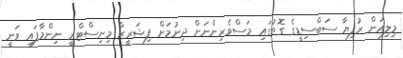
މިލިއަން ރުފިޔާ ސަބްސިޑީގެ ގޮތުގައި މަސްވެރިންނަށް ދިނުމަށް ފިޝަރީޒް މިނިސްޓްރީ ނިންމާފައި ވަނީ